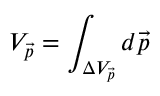
V _ { \vec { p } } = \int _ { \Delta V _ { \vec { p } } } d \vec { p }